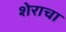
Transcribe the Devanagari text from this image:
शेराचा